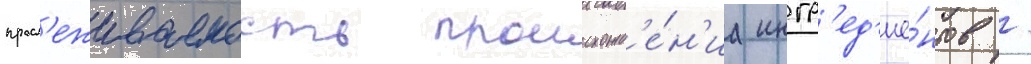
просл'еживаемость происхожд'е́н'иа ингр'ед'ие́нтов /